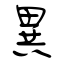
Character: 異